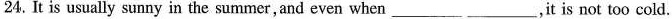
24.It is usually sunny in the summerand evenwhen______ ______.it is not too cold